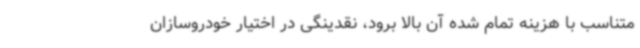
متناسب با هزینه تمام شده آن بالا برود، نقدینگی در اختیار خودروسازان